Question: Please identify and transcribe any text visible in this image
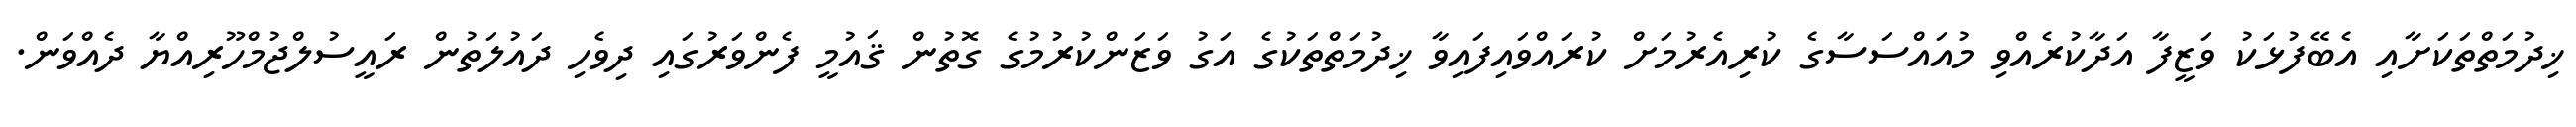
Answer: ޚިދުމަތްތަކަށާއި އެބޭފުޅަކު ވަޒީފާ އަދާކުރެއްވި މުއައްސަސާގެ ކުރިއެރުމަށް ކުރައްވައިފައިވާ ޚިދުމަތްތަކުގެ އަގު ވަޒަންކުރުމުގެ ގޮތުން ޤައުމީ ފެންވަރުގައި ދިވެހި ދައުލަތުން ރައީސުލްޖުމްހޫރިއްޔާ ދެއްވަން.